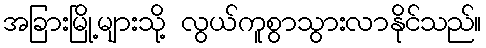
အခြားမြို့များသို့ လွယ်ကူစွာသွားလာနိုင်သည်။